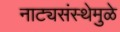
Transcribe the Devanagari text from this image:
नाट्यसंस्थेमुळे